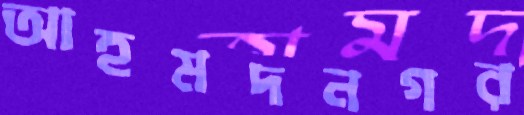
আহমদনগর